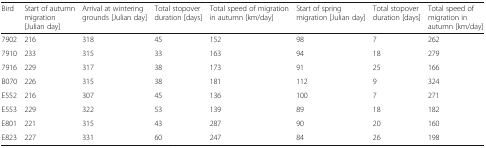
<table><thead><tr><td><b>Bird</b></td><td><b>Start of autumn migration [Julian day]</b></td><td><b>Arrival at wintering grounds [Julian day]</b></td><td><b>Total stopover duration [days]</b></td><td><b>Total speed of migration in autumn [km/day]</b></td><td><b>Start of spring migration [Julian day]</b></td><td><b>Total stopover duration [days]</b></td><td><b>Total speed of migration in autumn [km/day]</b></td></tr></thead><tbody><tr><td>7902</td><td>216</td><td>318</td><td>45</td><td>152</td><td>98</td><td>7</td><td>262</td></tr><tr><td>7910</td><td>233</td><td>315</td><td>33</td><td>163</td><td>94</td><td>18</td><td>279</td></tr><tr><td>7916</td><td>229</td><td>317</td><td>38</td><td>173</td><td>91</td><td>25</td><td>166</td></tr><tr><td>B070</td><td>226</td><td>315</td><td>38</td><td>181</td><td>112</td><td>9</td><td>324</td></tr><tr><td>E552</td><td>216</td><td>307</td><td>45</td><td>136</td><td>100</td><td>7</td><td>271</td></tr><tr><td>E553</td><td>229</td><td>322</td><td>53</td><td>139</td><td>89</td><td>18</td><td>182</td></tr><tr><td>E801</td><td>221</td><td>315</td><td>43</td><td>287</td><td>90</td><td>20</td><td>160</td></tr><tr><td>E823</td><td>227</td><td>331</td><td>60</td><td>247</td><td>84</td><td>26</td><td>198</td></tr></tbody></table>